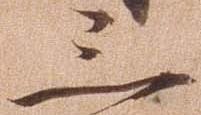
三